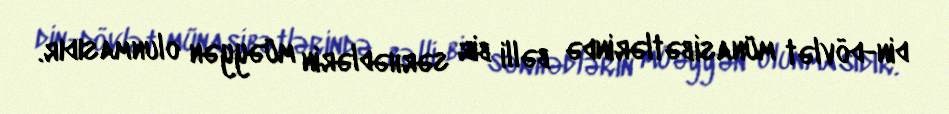
din-dövlət münasibətlərində bəlli bir sərhədlərin müəyyən olunmasıdır.